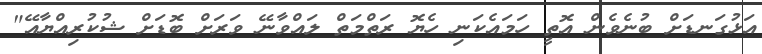
އަޅުގަނޑަށް ބުނެވެން އޮތީ ހަމައެކަނި ހެޔޮ ރަތްމަތް ލައްވާނޭ ވަރަށް ބޮޑަށް ޝުކުރިއްޔާއޭ"